Report of the Hyderabad Chloroform Commission
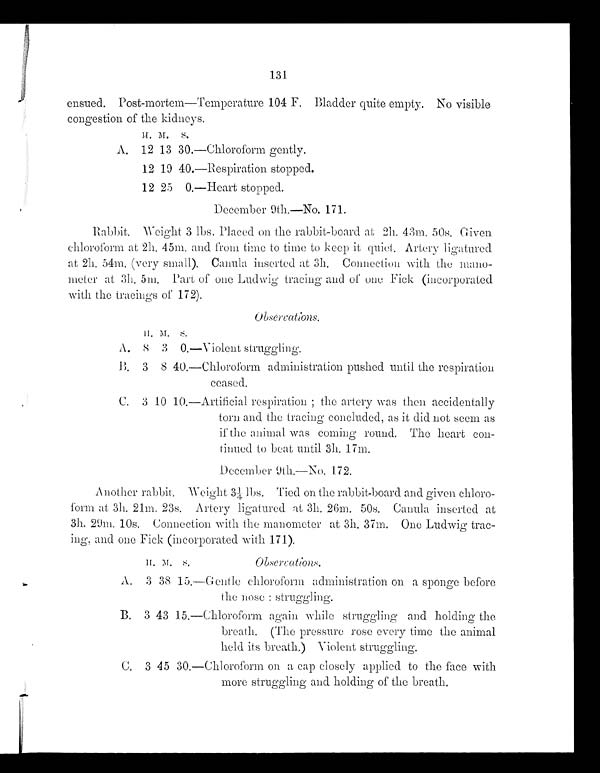
131
ensued. Post-mortem—Temperature 104 F. Bladder quite empty. No visible
congestion of the kidneys.
H. M.
S.
A. 12 13 30.—Chloroform gently.
12 19 40.—Respiration stopped.
12 25 0.—Heart stopped.
December 9th.—No. 171.
Rabbit. Weight 3 lbs. Placed on the rabbit-board at 2h. 43m. 50s. Given
chloroform at 2h. 45m. and from time to time to keep it quiet. Artery ligatured
at 2h. 54m. (very small). Canula inserted, at 3h. Connection with the mano
-meter at 3h. 5m. Part of one Ludwig tracing and of one Fick (incorporated
with the tracings of 172).
Observations.
H.
M . S.
A.
8 3
0.—V i olent struggling.
B. 3
8 40.—Chloroform administration pushed until the respiration
ceased.
C. 3 10 10.—Artificial respiration; the artery was then accidentally
torn and the tracing concluded, as it did not seem as
if the animal was coming round. The heart con-
tinued to beat until 3h. 17m.
December 9th.—No. 172.
Anoth er rabbit. Weight 3¼, lbs. Tied on the rabbit-board and given chloro
-form at 3h. 21m. 23s. Artery ligatured at 3h. 26m. 50s. Canula inserted at
3h. 29m. 10s. Connection with the manometer at 3h. 37m. One Ludwig trac
- i n g , a n d o n e F i c k ( i n c o r p o r a t e d w i t h 1 7 1 ) .
H.
M.
S .
Observations.
A. 3 38
1 5 .
—Gentle chloroform administration on a sponge before
the nose: struggling.
B. 3 43 15. —Chloroform again while struggling and holding the
breath. (The pressure rose every time the animal
held its breath.) Violent struggling.
C. 3 45
3 0 .
—Chloroform on a cap closely applied to the face with
more struggling and holding of the breath.